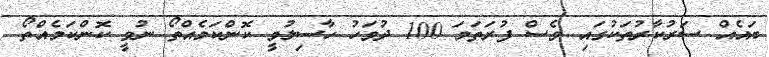
ބައެއް ސަރުކާރުތަކުގައި ވެސް ފުރަތަމަ 100 ދުވަހު ހާސިލުވީ ކޮންކަމެއްތޯ ނުވީ ކޮންކަމެއްތޯ